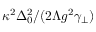
\kappa ^ { 2 } \Delta _ { 0 } ^ { 2 } / ( 2 \Lambda g ^ { 2 } \gamma _ { \perp } )